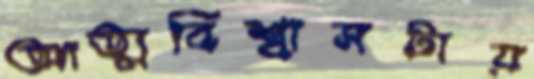
আত্মবিশ্বাসটায়